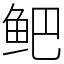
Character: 鲃